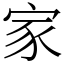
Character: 家